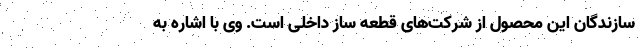
سازندگان این محصول از شرکت‌های قطعه ساز داخلی است. وی با اشاره به